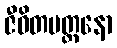
ဇီဝိတမတ္တနော